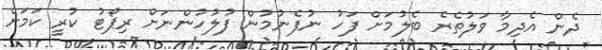
ދެން އެދިމާ ވަލުތެރެ ބެލުމަށް ފަހު ނުފެނުމުން ފުލުހުންނަށް ރިޕޯޓު ކުރީ ކަމަށް